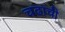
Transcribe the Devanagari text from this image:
चढाची